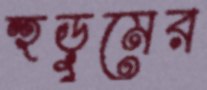
হুড়ুমের